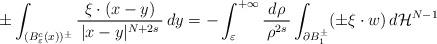
LaTeX: \begin{align*}\pm\int_{(B^c_\varepsilon(x))^\pm}\frac{\xi \cdot (x - y)}{\, |x-y|^{N+2s} \,}\,dy&=-\int_\varepsilon^{+\infty} \frac{d\rho}{\, \rho^{2s} \,}\int_{\partial B_1^\pm} (\pm\xi \cdot w) \, d{\mathcal H}^{N - 1}\end{align*}